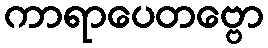
ကာရာပေတဗ္ဗော